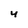
Character: 4